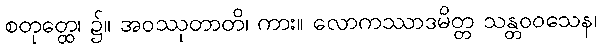
စတုတ္ထေ၊ ၌။ အဝဿုတာတိ၊ ကား။ လောကဿာဒမိတ္တ သန္တဝဝသေန၊